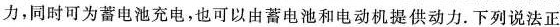
力，同时可为蓄电池充电，也可以由蓄电池和电动机提供动力。下列说法正